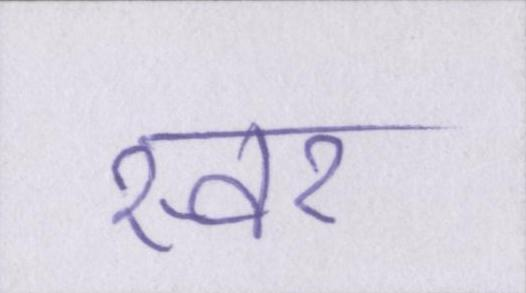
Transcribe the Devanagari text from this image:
स्वर